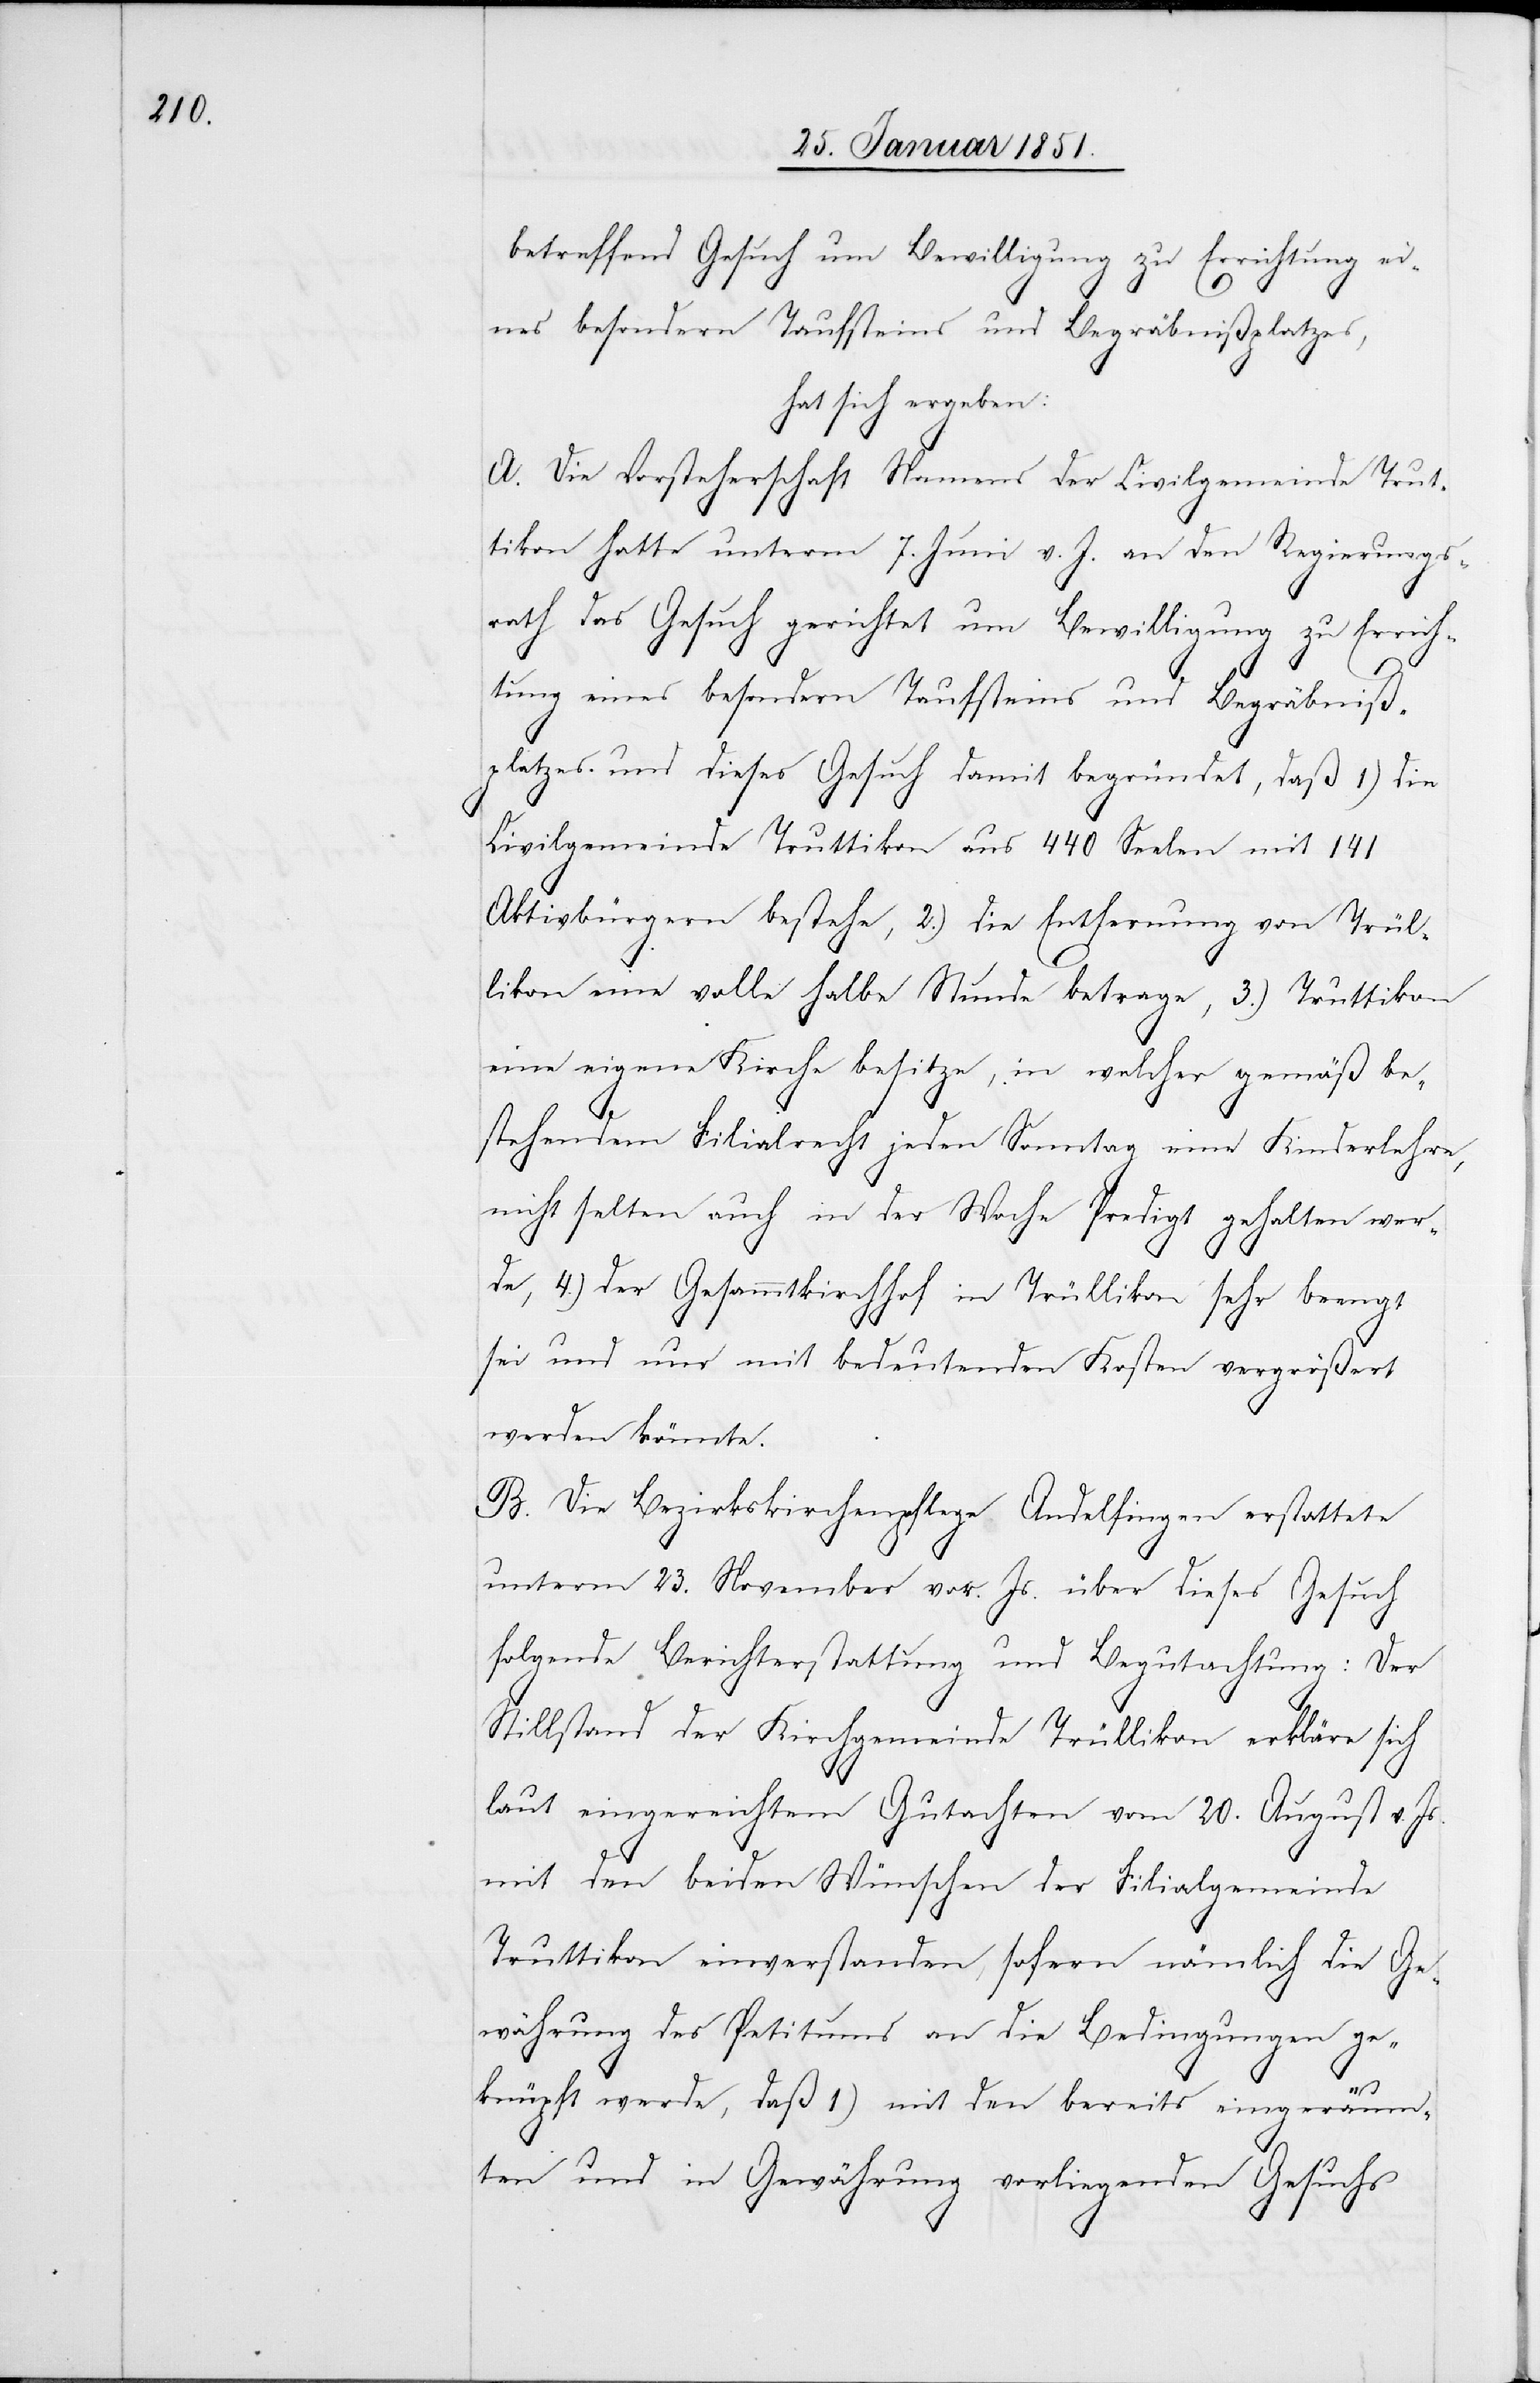
betreffend Gesuch um Bewilligung zu Errichtung ei¬
nes besondern Taufsteins und Begräbnißplatzes,
hat sich ergeben:
A. Die Vorsteherschaft Namens der Civilgemeinde Trut¬
tikon hatte unterm 7. Juni v. J. an den Regierungs¬
rath das Gesuch gerichtet um Bewilligung zu Errich¬
tung eines besondern Taufsteins und Begräbniß¬
platzes und dieses Gesuch damit begründet, daß 1) die
Civilgemeinde Truttikon aus 440 Seelen mit 141
Aktivbürgern bestehe, 2.) die Entfernung von Trül¬
likon eine volle halbe Stunde betrage, 3.) Truttikon
eine eigene Kirche besitze, in welcher gemäß be¬
stehendem Filialrecht jeden Sonntag eine Kinderlehre,
nicht selten auch in der Woche Predigt gehalten wer¬
de, 4.) der Gesammtkirchhof in Trüllikon sehr beengt
sei und nur mit bedeutenden Kosten vergrößert
werden könnte.
B. Die Bezirkskirchenpflege Andelfingen erstattete
unterm 23. November vor. Js. über dieses Gesuch
folgende Berichterstattung und Begutachtung: Der
Stillstand der Kirchgemeinde Trüllikon erkläre sich
laut eingereichtem Gutachten vom 20. August v. Js.
mit den beiden Wünschen der Filialgemeinde
Truttikon einverstanden, sofern nämlich die Ge¬
währung des Petitums an die Bedingungen ge¬
knüpft werde, daß 1) mit den bereits eingeräum¬
ten und in Gewährung vorliegenden Gesuchs